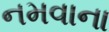
નમવાના